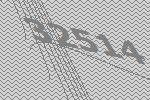
32514